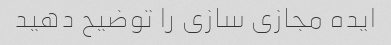
ایده مجازی سازی را توضیح دهید